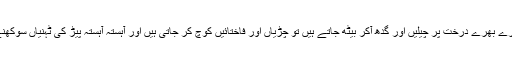
جب کسی ہرے بھرے درخت پر چیلیں اور گدھ آکر بیٹھ جاتے ہیں تو چڑیاں اور فاختائیں کوچ کر جاتی ہیں اور آہستہ آہستہ پیڑ کی ٹہنیاں سوکھنے لگتی ہیں۔